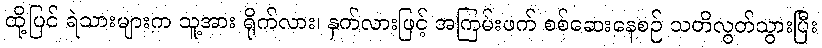
ထို့ပြင် ရဲသားများက သူ့အား ရိုက်လား၊ နှက်လားဖြင့် အကြမ်းဖက် စစ်ဆေးနေစဉ် သတိလွတ်သွားပြီး